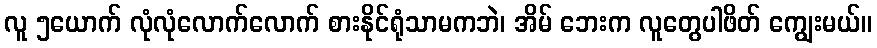
လူ ၅ယောက် လုံလုံလောက်လောက် စားနိုင်ရုံသာမကဘဲ၊ အိမ် ဘေးက လူတွေပါဖိတ် ကျွေးမယ်။